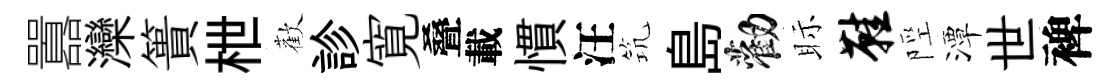
囂灤簣枻歡診寛叠載慣汪𥬑島勸眎鞋陘潭世裨